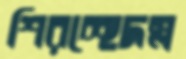
শিরচ্ছেদস্ল